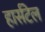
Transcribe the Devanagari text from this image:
हार्सटेल